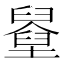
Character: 𡓓